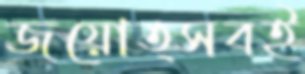
জয়োত্সবই